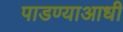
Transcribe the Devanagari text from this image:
पाडण्याआधी